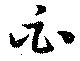
白